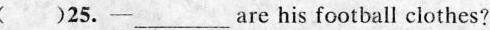
( ) 25.—___ are his football clothes?